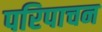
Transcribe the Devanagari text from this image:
परिपाचन